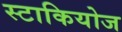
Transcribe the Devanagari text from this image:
स्टाकियोज